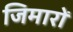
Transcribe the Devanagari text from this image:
जिमारों